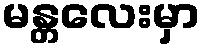
မန္တလေးမှာ